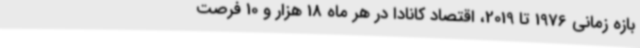
بازه زمانی 1976 تا 2019، اقتصاد کانادا در هر ماه 18 هزار و 10 فرصت